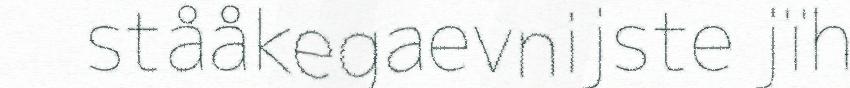
stååkegaevnijste jïh